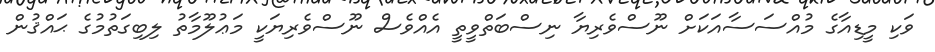
ވަކި މީޑިއާގެ މުއްސަސާއަކަށް ނޫސްވެރިޔާ ނިސްބަތްވީތީ އެއްވެސް ނޫސްވެރިޔަކީ މަޢުލޫމާތު ލިބިގަތުމުގެ ޙައްޤުން